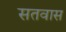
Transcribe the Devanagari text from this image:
सतवास